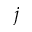
j